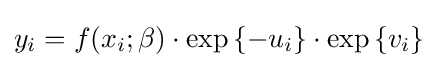
y_{i}=f(x_{i};\beta )\cdot \exp \left\{{-u_{i}}\right\}\cdot \exp \left\{{v_{i}}\right\}